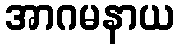
အာဂမနာယ